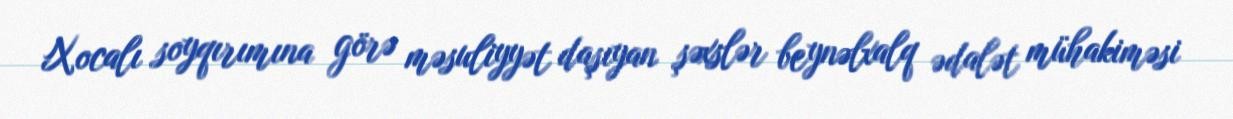
Xocalı soyqırımına görə məsuliyyət daşıyan şəxslər beynəlxalq ədalət mühakiməsi